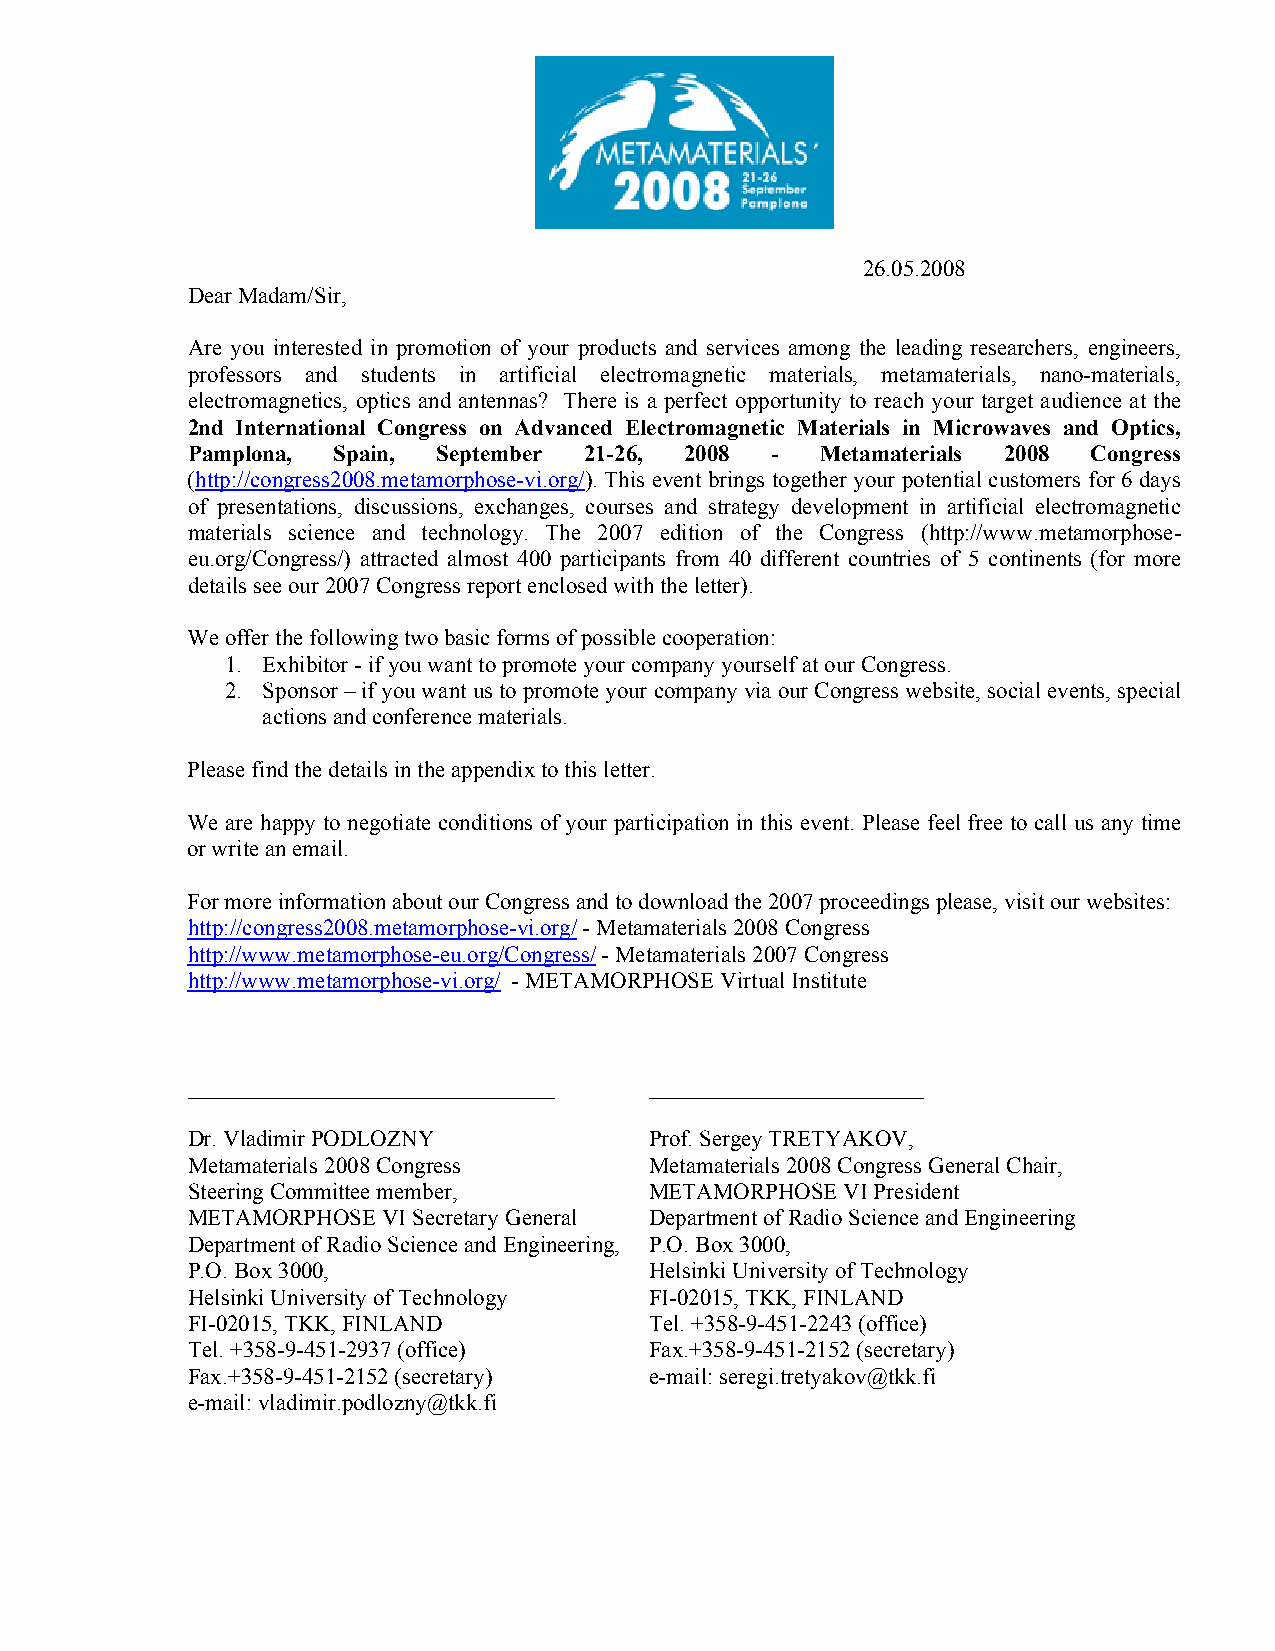
26.05.2008
 Dear Madam/Sir,
 Are you interested in promotion of your products and services among the leading researchers, engineers,
 professors and students in artificial electromagnetic materials, metamaterials, nano-materials,
 electromagnetics, optics and antennas? There is a perfect opportunity to reach your target audience at the
 2nd International Congress on Advanced Electromagnetic Materials in Microwaves and Optics,
 Pamplona, Spain, September 21-26, 2008 -  Metamaterials 2008 Congress
 (http://congress2008.metamorphose-vi.org/). This event brings together your potential customers for 6 days
 of presentations, discussions, exchanges, courses and strategy development in artificial electromagnetic
 materials science and technology. The 2007 edition of the Congress (http://www.metamorphose-
 eu.org/Congress/) attracted almost 400 participants from 40 different countries of 5 continents (for more
 details see our 2007 Congress report enclosed with the letter).
 We offer the following two basic forms of possible cooperation:
 1. Exhibitor - if you want to promote your company yourself at our Congress.
 2. Sponsor – if you want us to promote your company via our Congress website, social events, special
 actions and conference materials.
 Please find the details in the appendix to this letter.
 We are happy to negotiate conditions of your participation in this event. Please feel free to call us any time
 or write an email.
 For more information about our Congress and to download the 2007 proceedings please, visit our websites:
 http://congress2008.metamorphose-vi.org/ - Metamaterials 2008 Congress
 http://www.metamorphose-eu.org/Congress/ - Metamaterials 2007 Congress
 http://www.metamorphose-vi.org/ - METAMORPHOSE Virtual Institute
 ________________________________ ________________________
 Dr. Vladimir PODLOZNY          Prof. Sergey TRETYAKOV,
 Metamaterials 2008 Congress    Metamaterials 2008 Congress General Chair,
 Steering Committee member,     METAMORPHOSE VI President
 METAMORPHOSE VI Secretary General Department of Radio Science and Engineering
 Department of Radio Science and Engineering, P.O. Box 3000,
 P.O. Box 3000,                 Helsinki University of Technology
 Helsinki University of Technology FI-02015, TKK, FINLAND
 FI-02015, TKK, FINLAND         Tel. +358-9-451-2243 (office)
 Tel. +358-9-451-2937 (office)  Fax.+358-9-451-2152 (secretary)
 Fax.+358-9-451-2152 (secretary) e-mail: seregi.tretyakov@tkk.fi
 e-mail: vladimir.podlozny@tkk.fi